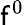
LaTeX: \mathsf{f}^{0}